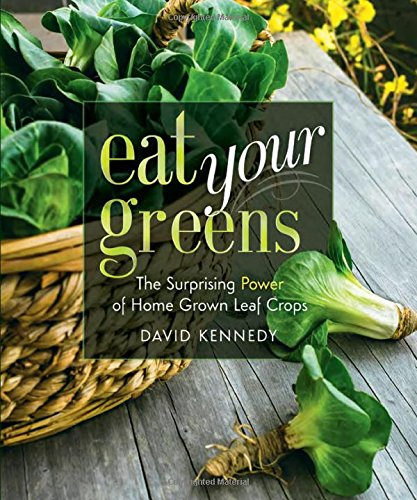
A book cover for Eat Your Greens: The Surprising Power of Homegrown Leaf Crops; David Kennedy; Cookbooks, Food & Wine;